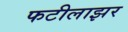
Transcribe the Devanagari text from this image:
फटीलाझर